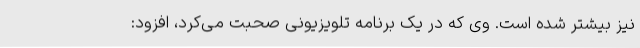
نیز بیشتر شده است. وی که در یک برنامه تلویزیونی صحبت می‌کرد، افزود: